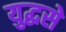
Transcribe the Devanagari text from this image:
युद्धसे